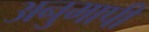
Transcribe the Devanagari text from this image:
अनुमापी